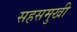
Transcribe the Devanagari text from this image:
सहसमुखी